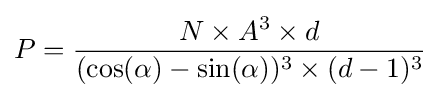
P={\frac {N\times A^{3}\times d}{(\cos(\alpha )-\sin(\alpha ))^{3}\times (d-1)^{3}}}